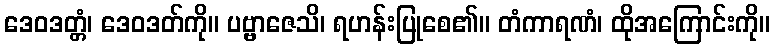
ဒေဝဒတ္တံ၊ ဒေဝဒတ်ကို။ ပဗ္ဗာဇေသိ၊ ရဟန်းပြုစေ၏။ တံကာရဏံ၊ ထိုအကြောင်းကို။